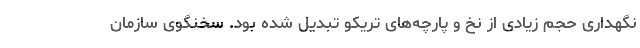
نگهداری حجم زیادی از نخ و پارچه‌های تریکو تبدیل شده بود. سخنگوی سازمان